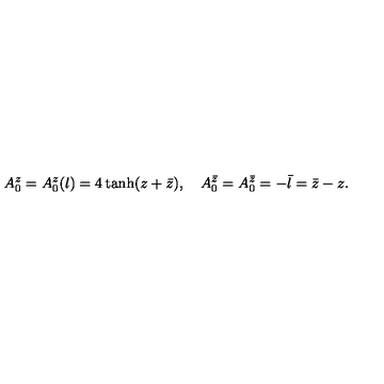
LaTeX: A _ { 0 } ^ { z } = A _ { 0 } ^ { z } ( l ) = 4 \tanh ( z + \bar { z } ) , \quad A _ { 0 } ^ { \bar { z } } = A _ { 0 } ^ { \bar { z } } = - \bar { l } = \bar { z } - z .